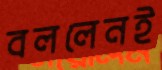
বললেনই